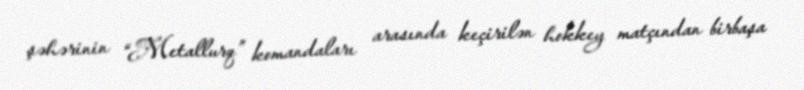
şəhərinin “Metallurq” komandaları arasında keçirilən hokkey matçından birbaşa